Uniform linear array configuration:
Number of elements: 8
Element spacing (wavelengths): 0.25
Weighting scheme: exponential
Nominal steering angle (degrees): -30
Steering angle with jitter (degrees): -29.596
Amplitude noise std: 0.05
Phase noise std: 0.05

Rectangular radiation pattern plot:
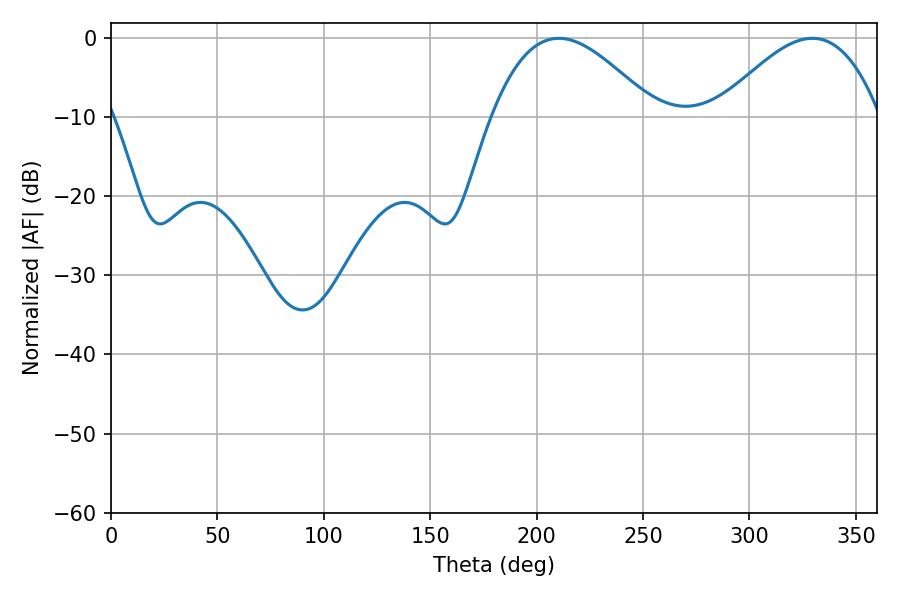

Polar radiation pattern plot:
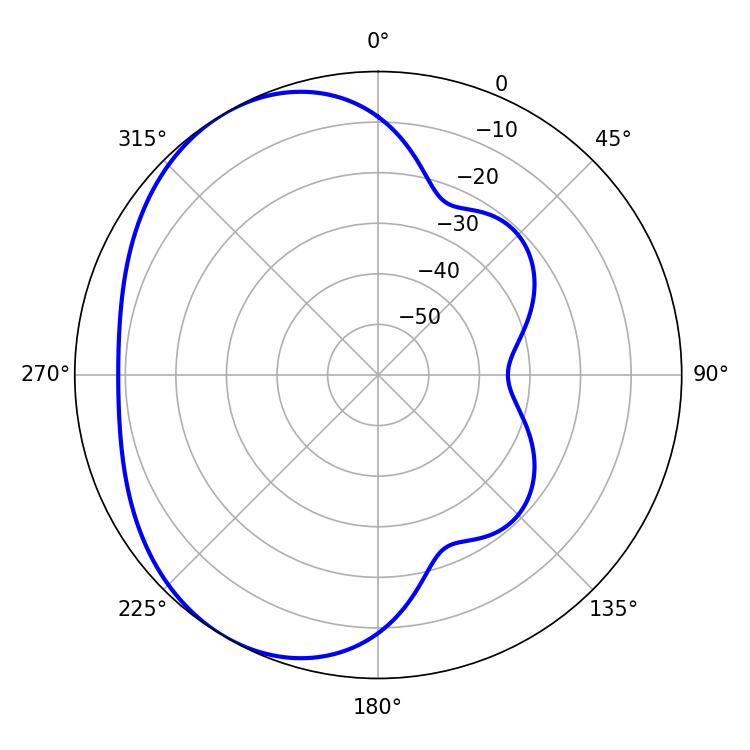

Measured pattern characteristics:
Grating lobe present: FALSE
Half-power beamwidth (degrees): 41.58
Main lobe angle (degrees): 210.42